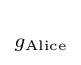
\scriptstyle g_{\mathrm {Alice} }